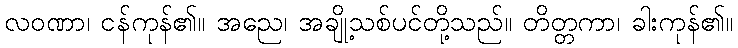
လဝဏာ၊ ငန်ကုန်၏။ အညေ၊ အချို့သစ်ပင်တို့သည်။ တိတ္တကာ၊ ခါးကုန်၏။